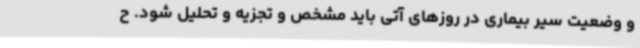
و وضعیت سیر بیماری در روزهای آتی باید مشخص و تجزیه و تحلیل شود. ح